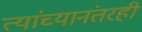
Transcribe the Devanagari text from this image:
त्यांच्यानंतरही